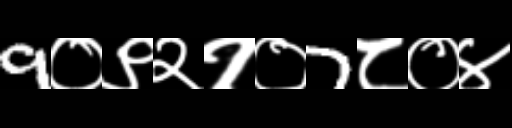
Text: 9०९२१०7८०४